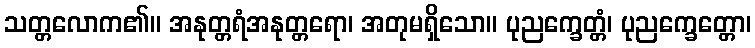
သတ္တလောက၏။ အနုတ္တရံအနုတ္တရော၊ အတုမရှိသော။ ပုညက္ခေတ္တံ၊ ပုညက္ခေတ္တော၊